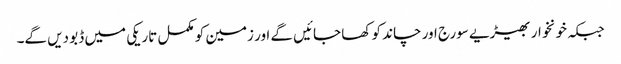
جبکہ خونخوار بھیڑیے سورج اور چاند کو کھا جائیں گے اور زمین کو مکمل تاریکی میں ڈبو دیں گے۔